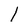
Character: l